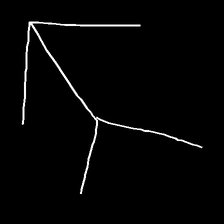
Glyph: gather